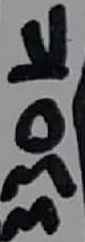
Text: 330K